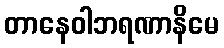
တာနေဝါဘရဏာနိမေ